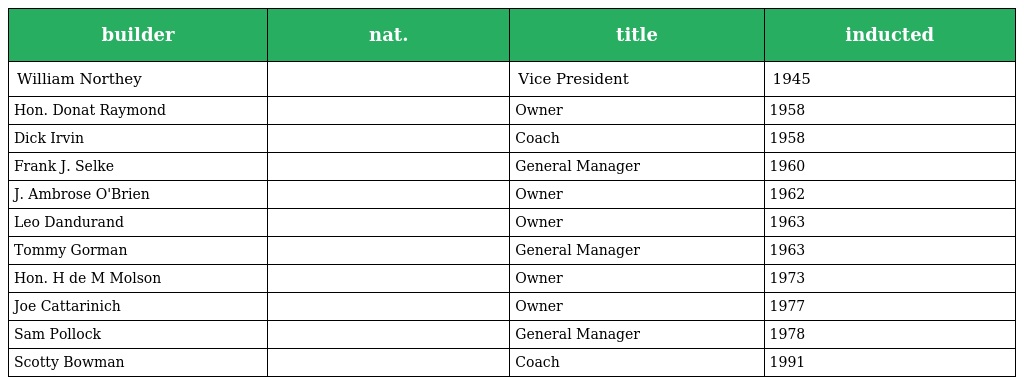
| builder | nat. | title | inducted |
 | --- | --- | --- | --- |
 | William Northey |  | Vice President | 1945 |
 | Hon. Donat Raymond |  | Owner | 1958 |
 | Dick Irvin |  | Coach | 1958 |
 | Frank J. Selke |  | General Manager | 1960 |
 | J. Ambrose O'Brien |  | Owner | 1962 |
 | Leo Dandurand |  | Owner | 1963 |
 | Tommy Gorman |  | General Manager | 1963 |
 | Hon. H de M Molson |  | Owner | 1973 |
 | Joe Cattarinich |  | Owner | 1977 |
 | Sam Pollock |  | General Manager | 1978 |
 | Scotty Bowman |  | Coach | 1991 |